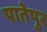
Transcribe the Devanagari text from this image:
पातेपुर